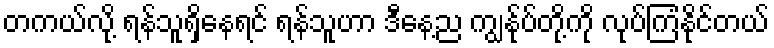
တကယ်လို့ ရန်သူရှိနေရင် ရန်သူဟာ ဒီနေ့ည ကျွန်ုပ်တို့ကို လုပ်ကြံနိုင်တယ်